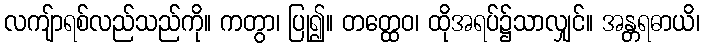
လကျ်ာရစ်လည်သည်ကို။ ကတွာ၊ ပြု၍။ တတ္ထေဝ၊ ထိုအရပ်၌သာလျှင်။ အန္တရဓာယိ၊